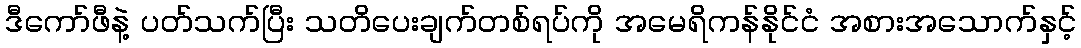
ဒီကော်ဖီနဲ့ ပတ်သက်ပြီး သတိပေးချက်တစ်ရပ်ကို အမေရိကန်နိုင်ငံ အစားအသောက်နှင့်